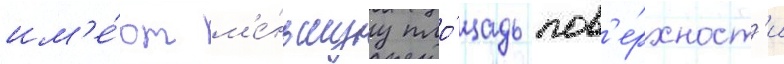
им'е́ют м'е́ньшуу пло́щадь пов'е́рхност'и